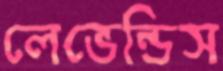
লেভেন্ডিস